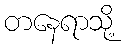
တနေရာသို့